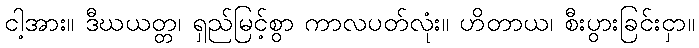
ငါ့အား။ ဒီဃယတ္တ၊ ရှည်မြင့်စွာ ကာလပတ်လုံး။ ဟိတာယ၊ စီးပွားခြင်းငှာ။